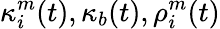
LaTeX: \kappa_{i}^{m}(t),\kappa_{b}(t),\rho_{i}^{m}(t)